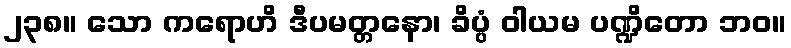
၂၃၈။ သော ကရောဟိ ဒီပမတ္တနော၊ ခိပ္ပံ ဝါယမ ပဏ္ဍိတော ဘဝ။